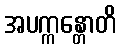
အပက္ကန္တောတိ